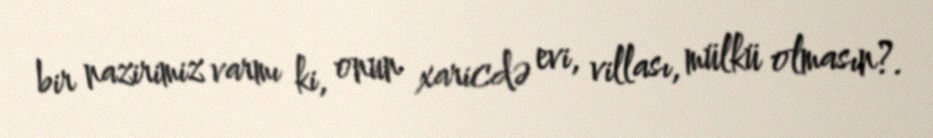
bir nazirimiz varmı ki, onun xaricdə evi, villası, mülkü olmasın?.